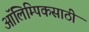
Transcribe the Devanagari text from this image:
ऑलिम्पिकसाठी